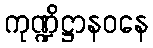
ကုဏ္ဍိဋ္ဌာနဝနေ